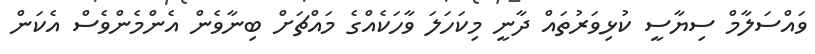
ވައްސަލާމް ސިޔާސީ ކުޅިވަރުތައް ދާނީ މިކަހަލަ ވާހަކެއްގެ މައްޗަށް ބިނާވެން އެންމެންވެސް އެކަން